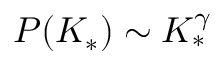
P ( K _ { * } ) \sim K _ { * } ^ { \gamma }